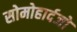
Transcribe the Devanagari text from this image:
सोमोहार्दजो